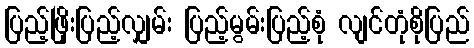
ပြည့်ဖြိုးပြည့်လျှမ်း ပြည့်မွမ်းပြည့်စုံ လျင်တုံစိုပြည်